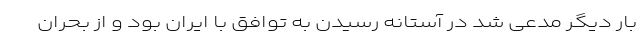
بار دیگر مدعی شد در آستانه رسیدن به توافق با ایران بود و از بحران